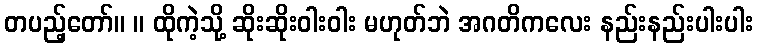
တပည့်တော်။ ။ ထိုကဲ့သို့ ဆိုးဆိုးဝါးဝါး မဟုတ်ဘဲ အဂတိကလေး နည်းနည်းပါးပါး